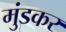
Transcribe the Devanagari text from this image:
मुंडकर